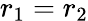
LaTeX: r_{1}=r_{2}